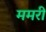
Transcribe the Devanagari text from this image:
ममरी